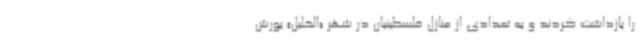
را بازداشت کردند و به تعدادی از منازل فلسطینیان در شهر «الخلیل» یورش